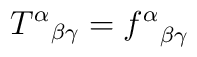
{T^\alpha}_{\beta\gamma}={f^\alpha}_{\beta\gamma}